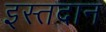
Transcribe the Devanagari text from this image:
इस्तदान